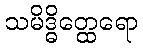
သမိဒ္ဓိတ္ထေရော